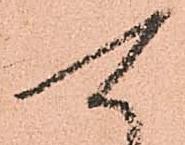
可